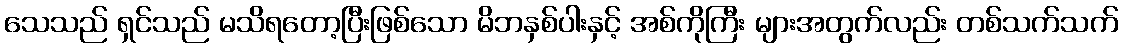
သေသည် ရှင်သည် မသိရတော့ပြီးဖြစ်သော မိဘနှစ်ပါးနှင့် အစ်ကိုကြီး များအတွက်လည်း တစ်သက်သက်